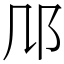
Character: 䢳